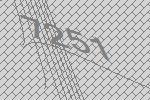
7251